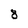
Character: 8